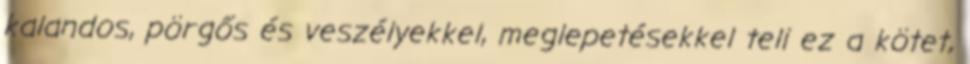
kalandos, pörgős és veszélyekkel, meglepetésekkel teli ez a kötet,